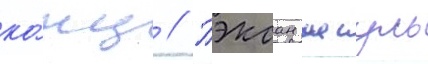
ко́нц // Пэксан иесуль